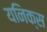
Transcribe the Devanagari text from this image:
यनिक्स